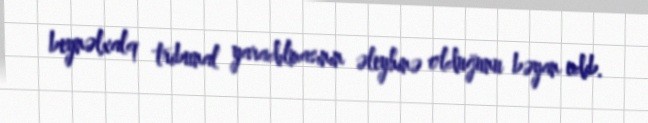
beynəlxalq tribunal yaradılmasının əleyhinə olduğunu bəyan edib.